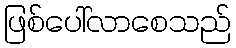
ဖြစ်ပေါ်လာစေသည်